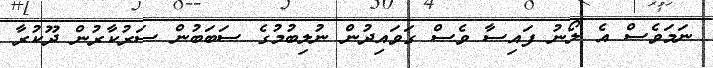
ނަމަވެސް އެ ލޯނު ފައިސާ ވެސް ގަވައިދުން ނުލިބުމުގެ ސަބަބުން ސަރުކާރުން ދޫކުރާ